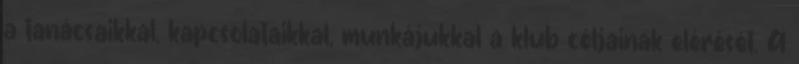
a tanácsaikkal, kapcsolataikkal, munkájukkal a klub céljainak elérését. A